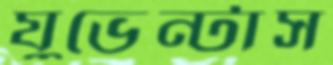
যুভেন্টাস